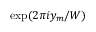
\exp ( 2 \pi i y _ { m } / W )